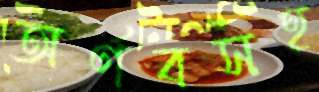
অর্ণবসহ